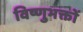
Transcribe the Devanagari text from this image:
विष्णुभक्तों